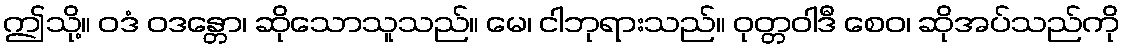
ဤသို့။ ဝဒံ ဝဒန္တော၊ ဆိုသောသူသည်။ မေ၊ ငါဘုရားသည်။ ဝုတ္တဝါဒီ စေဝ၊ ဆိုအပ်သည်ကို